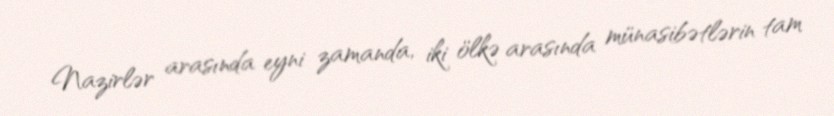
Nazirlər arasında eyni zamanda, iki ölkə arasında münasibətlərin tam